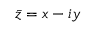
\bar { z } = x - i y